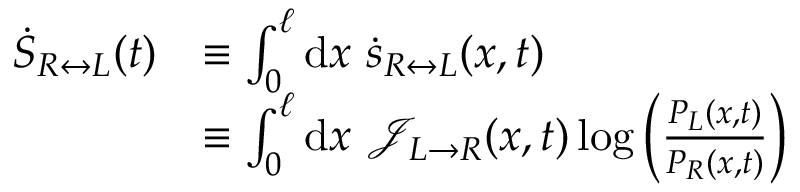
\begin{array} { r l } { \dot { S } _ { R \leftrightarrow L } ( t ) } & { \equiv \int _ { 0 } ^ { \ell } \mathrm { d } x ~ \dot { s } _ { R \leftrightarrow L } ( x , t ) } \\ & { \equiv \int _ { 0 } ^ { \ell } \mathrm { d } x ~ \mathcal { J } _ { L \rightarrow R } ( x , t ) \log \left( \frac { P _ { L } ( x , t ) } { P _ { R } ( x , t ) } \right) } \end{array}